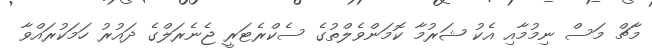
މާޗް މަސް ނިމުމާއި އެކު ޝަރުމާ ކޮމަންވެލްތުގެ ސެކްރެޓަރީ ޖެނެރަލްގެ ދައުރު ހަމަކުރައްވާ